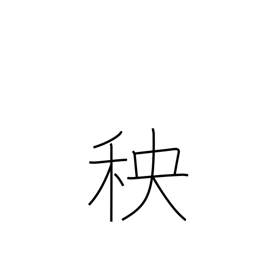
Meaning: seedlings